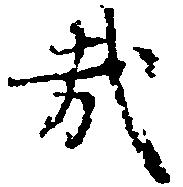
哉